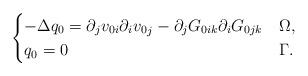
LaTeX: \begin{align*}\begin{cases}-\Delta q_0=\partial_j v_{0i}\partial_i {v_0}_j-\partial_j G_{0ik}\partial_i G_{0jk}&\Omega,\\q_0=0&\Gamma.\end{cases}\end{align*}